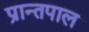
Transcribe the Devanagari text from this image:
प्रान्तपाल